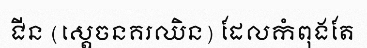
ជីន (ស្តេចនគរឈិន) ដែលកំពុងតែ